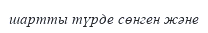
шартты түрде сөнген және